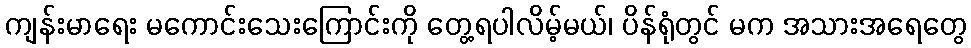
ကျန်းမာရေး မကောင်းသေးကြောင်းကို တွေ့ရပါလိမ့်မယ်၊ ပိန်ရုံတွင် မက အသားအရေတွေ